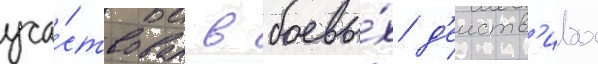
уча́ствовал в боевы́х д'еиств'иах